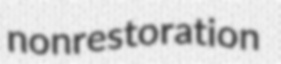
nonrestoration